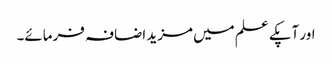
اور آپکے علم میں مزید اضافہ فرمائے۔